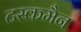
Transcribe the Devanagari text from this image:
टस्कमैन